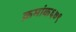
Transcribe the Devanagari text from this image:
क्रमांक६७९